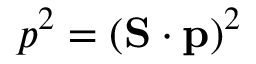
p ^ { 2 } = ( \mathbf { S } \cdot \mathbf { p } ) ^ { 2 }